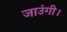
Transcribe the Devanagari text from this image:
जाउंगी।